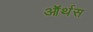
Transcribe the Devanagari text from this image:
ऑर्थस